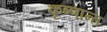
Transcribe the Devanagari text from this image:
कृष्णान्त